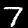
Label: 7